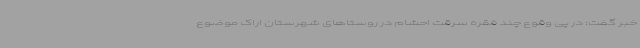
خبر گفت: در پی وقوع چند فقره سرقت احشام در روستاهای شهرستان اراک موضوع